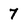
Character: 7